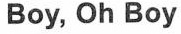
Boy, Oh Boy